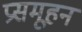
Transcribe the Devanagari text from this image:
प्रसमूहन